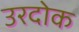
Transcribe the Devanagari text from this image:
उरदोक